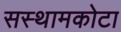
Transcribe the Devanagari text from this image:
सस्थामकोटा